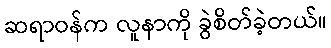
ဆရာဝန်က လူနာကို ခွဲစိတ်ခဲ့တယ်။